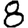
Digit: 8